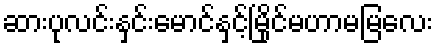
ဆားပုလင်းနှင်းမောင်နှင့်မြိုင်မဟာမမြလေး